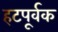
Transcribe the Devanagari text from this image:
हटपूर्वक